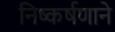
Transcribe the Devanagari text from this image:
निष्कर्षणाने